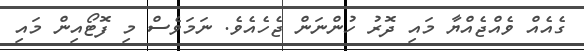
ގެއެއް ވެއްޖެއްޔާ މައި ދޮރު ހުންނަން ޖެހެއެވެ. ނަމަވެސް މި ފޮޓޯއިން މައި